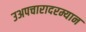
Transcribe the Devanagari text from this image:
उअपचारादरम्यान